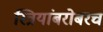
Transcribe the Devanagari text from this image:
स्त्रियांबरोबरच